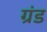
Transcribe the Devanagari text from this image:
ग्रंड